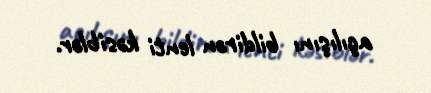
açılışını bildirən lenti kəsiblər.